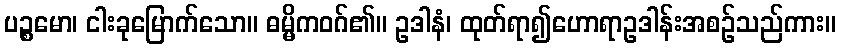
ပဉ္စမော၊ ငါးခုမြောက်သော။ ဓမ္မိကဝဂ်၏။ ဥဒါနံ၊ ထုတ်ရာ၍ဟောရာဥဒါန်းအစဉ်သည်ကား။